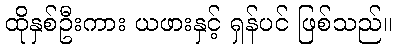
ထိုနှစ်ဦးကား ယဖားနှင့် ရှန်ပင် ဖြစ်သည်။